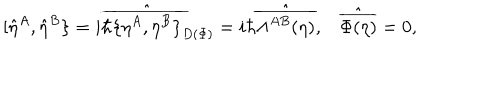
[ \hat { \eta } ^ { A } , \hat { \eta } ^ { B } \} = i \hbar \hat { \overline { { { \{ \eta ^ { A } , \eta ^ { B } \} } } } } _ { D ( \Phi ) } = i \hbar \hat { \overline { { { \Lambda ^ { A B } ( \eta ) } } } } , \hat { \overline { { { \Phi ( \eta ) } } } } = 0 ,